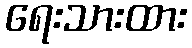
ရေးသားထား